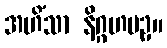
အဟိံသာ နိဂ္ဂဟပဥှ။